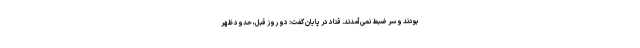
بودند و سر ضبط نمی‌آمدند. قناد در پایان گفت: دو روز قبل، حدود ظهر